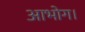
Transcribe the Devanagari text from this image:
आभोग।